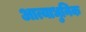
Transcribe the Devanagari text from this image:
आत्याधुनिक